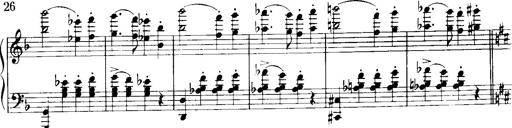
Title: Historische ungarische Bildnisse
Composer: Franz Liszt